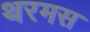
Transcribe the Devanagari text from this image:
थरमस